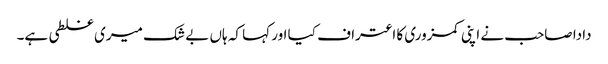
دادا صاحب نے اپنی کمزوری کا اعتراف کیا اور کہا کہ ہاں بے شک میری غلطی ہے۔